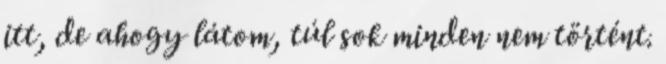
itt, de ahogy látom, túl sok minden nem történt.